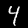
Digit: 4